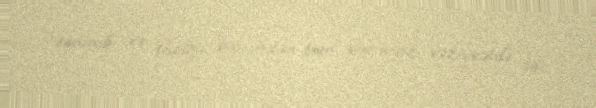
tanınıb və ekoloji baxımdan tam yararsız vəziyyətdə idi.